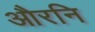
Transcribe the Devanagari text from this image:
औरनि